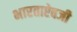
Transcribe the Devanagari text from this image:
भारताऐवजी